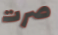
صرت